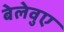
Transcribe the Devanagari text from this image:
बेलेवुए